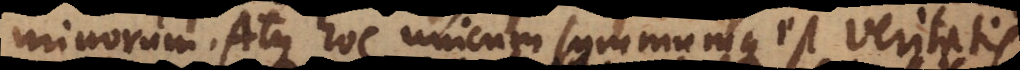
terminorum. Atque hoc unicum summumque est veritatis